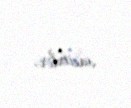
vacibdir.